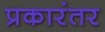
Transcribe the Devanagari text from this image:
प्रकारंतर